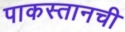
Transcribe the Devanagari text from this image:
पाकस्तानची